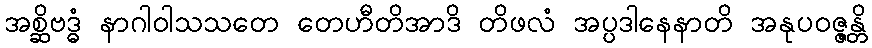
အစ္ဆိဗဒ္ဓံ နာဂါဝါသသတေ တေဟီတိအာဒိ တိဖလံ အပ္ပဒါနေနာတိ အနုပဝဇ္ဇန္တိ